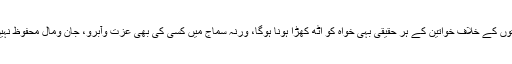
ان تمام طاقتوں کے خلاف خواتین کے ہر حقیقی بہی خواہ کو اٹھ کھڑا ہونا ہوگا، ورنہ سماج میں کسی کی بھی عزت وآبرو، جان ومال محفوظ نہیں رہے گی۔